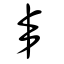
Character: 丯